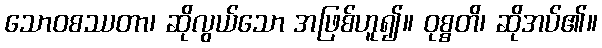
သောဝစဿတာ၊ ဆိုလွယ်သော အဖြစ်ဟူ၍။ ဝုစ္စတိ၊ ဆိုအပ်၏။